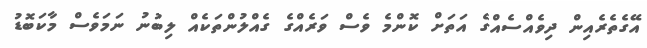
އޭގެތެރެއިން ދިވެއްސެއްގެ އަތަށް ކޮންމެ ވެސް ވަރެއްގެ ގެއްލުންތަކެއް ލިބުނު ނަމަވެސް މާކަބޮޑު